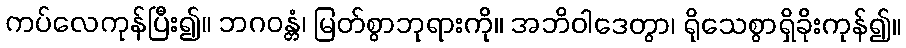
ကပ်လေကုန်ပြီး၍။ ဘဂဝန္တံ၊ မြတ်စွာဘုရားကို။ အဘိဝါဒေတွာ၊ ရိုသေစွာရှိခိုးကုန်၍။